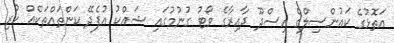
އަތޮޅުގެ ކައުންސިލްގެ އިސްދޫ ދާއިރާގެ ވޯޓު ގުނުމުގައި ޝައްކު އުފެދޭ ކަންތައްތަކެއް ހުރި